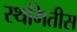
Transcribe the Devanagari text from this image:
स्थगितीस